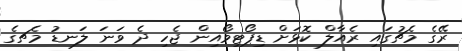
ރޭގެ މެޗުގައި ރެއާލް ކޮޅަށް ޑިޕޯޓިވޯއިން ޖެހި ދެ ވަނަ ލަނޑު މެޗގެ